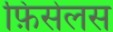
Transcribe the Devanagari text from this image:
फ़िसेलस